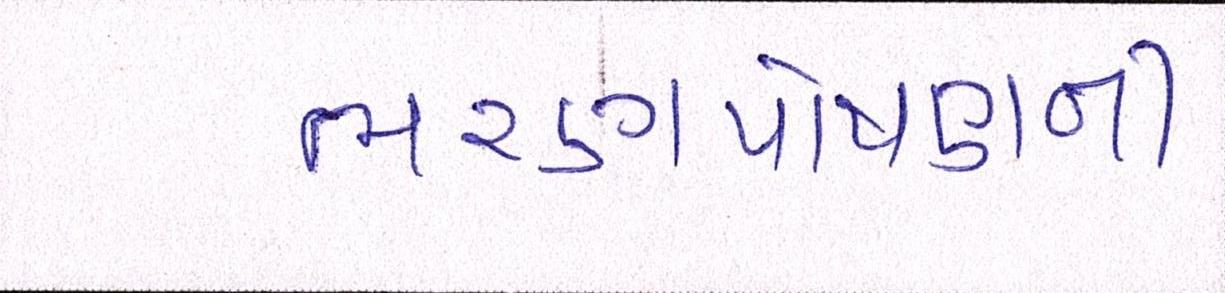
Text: ભરણપોષણની